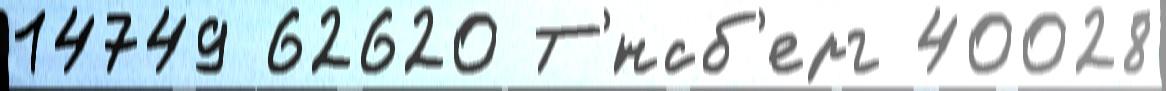
14749 62620 Т'́нсб'ерг 40028